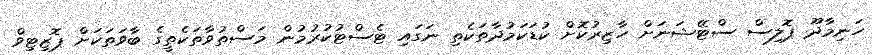
ހަނިމާދޫ ޕޮލިސް ސްޓޭޝަނަށް ހާޒިރުކޮށް ކުޑަކަމުދާތަކެތި ނަގައި ޓެސްޓުކުރުމުން މަސްތުވާތަކެތީގެ ބާވަތަކަށް ޕޮޒިޓިވް